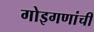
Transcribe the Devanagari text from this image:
गोइगणांची